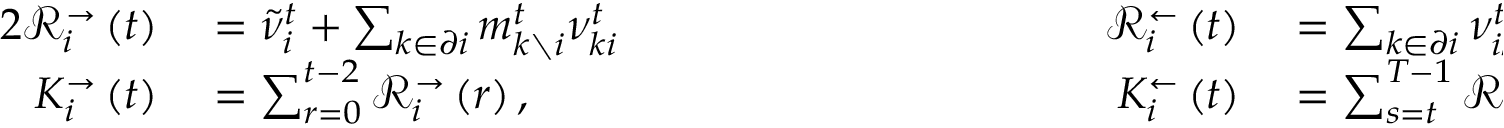
\begin{array} { r l r l } { { 2 } \mathcal { R } _ { i } ^ { \rightarrow } \left( t \right) } & { { } = \tilde { \nu } _ { i } ^ { t } + \sum _ { k \in \partial i } m _ { k \setminus i } ^ { t } \nu _ { k i } ^ { t } \qquad \qquad \qquad \qquad \qquad } & { \mathcal { R } _ { i } ^ { \leftarrow } \left( t \right) } & { { } = \sum _ { k \in \partial i } \nu _ { i k } ^ { t } \mu _ { k \setminus i } ^ { t } } \\ { K _ { i } ^ { \rightarrow } \left( t \right) } & { { } = \sum _ { r = 0 } ^ { t - 2 } \mathcal { R } _ { i } ^ { \rightarrow } \left( r \right) , } & { K _ { i } ^ { \leftarrow } \left( t \right) } & { { } = \sum _ { s = t } ^ { T - 1 } \mathcal { R } _ { i } ^ { \leftarrow } \left( s \right) } \end{array}